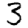
Digit: 3